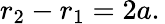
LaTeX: r_{2}-r_{1}=2a.\,